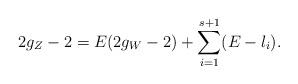
LaTeX: \begin{align*}2g_Z-2 = E(2g_W-2) + \sum_{i=1}^{s+1} (E-l_i).\end{align*}